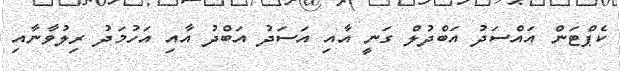
ކެޕްޓަން އައްސަދު އަބްދުލް ގަނީ އާއި އަސަދު އަބްދު އާއި އަހުމަދު ރިލުވާނާއި